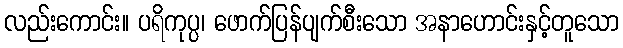
လည်းကောင်း။ ပရိကုပ္ပ၊ ဖောက်ပြန်ပျက်စီးသော အနာဟောင်းနှင့်တူသော